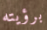
برؤيته